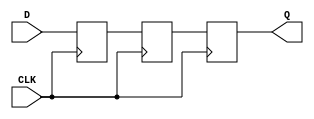
module async_to_sync_converter (
    input wire D,        // Async Data Input
    input wire CLK,      // Synchronous Clock
    output reg Q         // Sync Data Output
);

    // Internal signals for synchronization
    reg sync_ff1;       // First flip-flop
    reg sync_ff2;       // Second flip-flop

    // Edge detection logic (optional, depending on your requirements)
    reg D_prev;         // Previous state of D
    reg transition;     // Transition signal

    // Detect transitions on the async data input
    always @(posedge CLK) begin
        D_prev <= D; // Capture previous state of D
        transition <= (D != D_prev); // Detect transition
    end

    // Synchronization logic using double flip-flop technique
    always @(posedge CLK) begin
        sync_ff1 <= D; // Capture async data in first FF
        sync_ff2 <= sync_ff1; // Capture in second FF to mitigate metastability
        Q <= sync_ff2; // Output the synchronized value
    end

endmodule